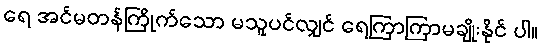
ရေ အင်မတန်ကြိုက်သော မသူပင်လျှင် ရေကြာကြာမချိုးနိုင် ပါ။